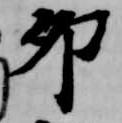
卯